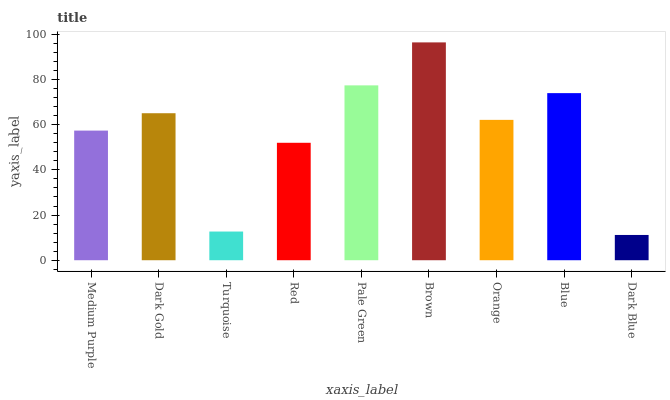
| xaxis_label | bars |
 | --- | --- |
 | Medium Purple | 57.4 |
 | Dark Gold | 65.1 |
 | Turquoise | 12.7 |
 | Red | 52 |
 | Pale Green | 77.4 |
 | Brown | 96.4 |
 | Orange | 62.1 |
 | Blue | 74 |
 | Dark Blue | 11.2 |